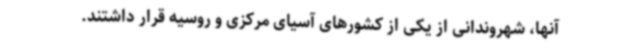
آنها، شهروندانی از یکی از کشورهای آسیای مرکزی و روسیه قرار داشتند.